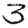
Digit: 3